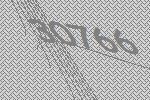
30766